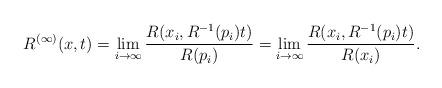
LaTeX: \begin{align*}R^{(\infty)}(x,t)=\lim_{i\rightarrow\infty}\frac{R(x_i,R^{-1}(p_{i})t)}{R(p_{i})}=\lim_{i\rightarrow\infty} \frac{R(x_{i},R^{-1}(p_{i})t)}{R(x_{i})}.\end{align*}